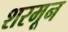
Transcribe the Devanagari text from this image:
शरमून